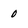
Character: 0